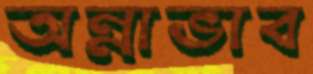
অন্নাভাব